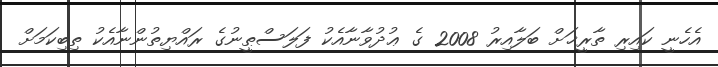
އެހެނީ ކައިރި ތާރީޚަށް ބަލާއިރު 2008 ގެ ޢުދުވާނާއެކު ފަލަސްޠީނުގެ ރައްޔިތުންނާއެކު ތިބިކަމަށް